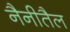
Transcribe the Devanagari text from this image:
नैनीतैल